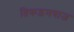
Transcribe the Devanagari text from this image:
तिकड़मबाज